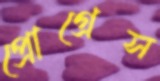
প্রোগ্রেস